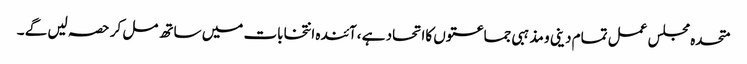
متحدہ مجلس عمل تمام دینی و مذہبی جماعتوں کااتحاد ہے ،آئندہ انتخابات میں ساتھ مل کر حصہ لیں گے ۔